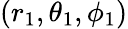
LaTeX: (r_{1},\theta_{1},\phi_{1})